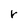
Character: r